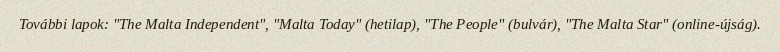
További lapok: "The Malta Independent", "Malta Today" (hetilap), "The People" (bulvár), "The Malta Star" (online-újság).